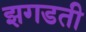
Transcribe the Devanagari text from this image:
झगडती